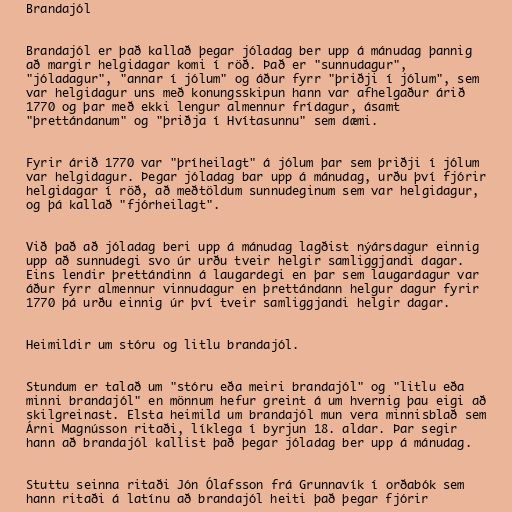
Brandajól

Brandajól er það kallað þegar jóladag ber upp á mánudag þannig
að margir helgidagar komi í röð. Það er "sunnudagur",
"jóladagur", "annar í jólum" og áður fyrr "þriðji í jólum", sem
var helgidagur uns með konungsskipun hann var afhelgaður árið
1770 og þar með ekki lengur almennur frídagur, ásamt
"þrettándanum" og "þriðja í Hvítasunnu" sem dæmi.

Fyrir árið 1770 var "þríheilagt" á jólum þar sem þriðji í jólum
var helgidagur. Þegar jóladag bar upp á mánudag, urðu því fjórir
helgidagar í röð, að meðtöldum sunnudeginum sem var helgidagur,
og þá kallað "fjórheilagt".

Við það að jóladag beri upp á mánudag lagðist nýársdagur einnig
upp að sunnudegi svo úr urðu tveir helgir samliggjandi dagar.
Eins lendir þrettándinn á laugardegi en þar sem laugardagur var
áður fyrr almennur vinnudagur en þrettándann helgur dagur fyrir
1770 þá urðu einnig úr því tveir samliggjandi helgir dagar.

Heimildir um stóru og litlu brandajól.

Stundum er talað um "stóru eða meiri brandajól" og "litlu eða
minni brandajól" en mönnum hefur greint á um hvernig þau eigi að
skilgreinast. Elsta heimild um brandajól mun vera minnisblað sem
Árni Magnússon ritaði, líklega í byrjun 18. aldar. Þar segir
hann að brandajól kallist það þegar jóladag ber upp á mánudag.

Stuttu seinna ritaði Jón Ólafsson frá Grunnavík í orðabók sem
hann ritaði á latínu að brandajól heiti það þegar fjórir